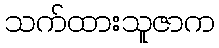
သက်ထားသူဇာက